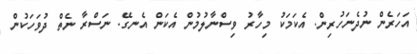
އަހަރެން ނުދެނަހުރިން. އެކަމަކު މިހާރު ވިސްނާލުމުން އެކަން އެނގޭ. ނަސްރާ ނެތް ދުވަހަކުން